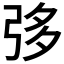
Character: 𢏜